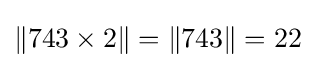
\|743\times 2\|=\|743\|=22